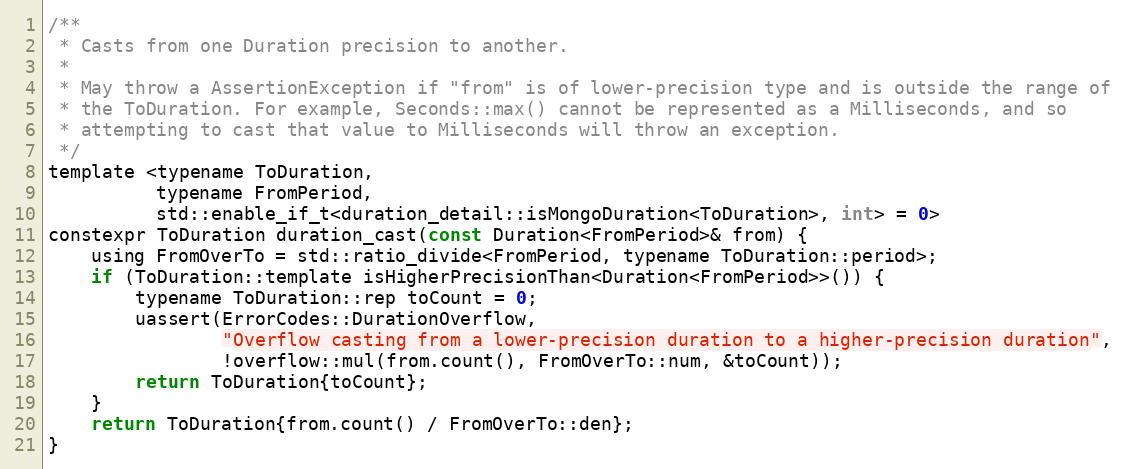
Language: C
/**
 * Casts from one Duration precision to another.
 *
 * May throw a AssertionException if "from" is of lower-precision type and is outside the range of
 * the ToDuration. For example, Seconds::max() cannot be represented as a Milliseconds, and so
 * attempting to cast that value to Milliseconds will throw an exception.
 */
template <typename ToDuration,
          typename FromPeriod,
          std::enable_if_t<duration_detail::isMongoDuration<ToDuration>, int> = 0>
constexpr ToDuration duration_cast(const Duration<FromPeriod>& from) {
    using FromOverTo = std::ratio_divide<FromPeriod, typename ToDuration::period>;
    if (ToDuration::template isHigherPrecisionThan<Duration<FromPeriod>>()) {
        typename ToDuration::rep toCount = 0;
        uassert(ErrorCodes::DurationOverflow,
                "Overflow casting from a lower-precision duration to a higher-precision duration",
                !overflow::mul(from.count(), FromOverTo::num, &toCount));
        return ToDuration{toCount};
    }
    return ToDuration{from.count() / FromOverTo::den};
}